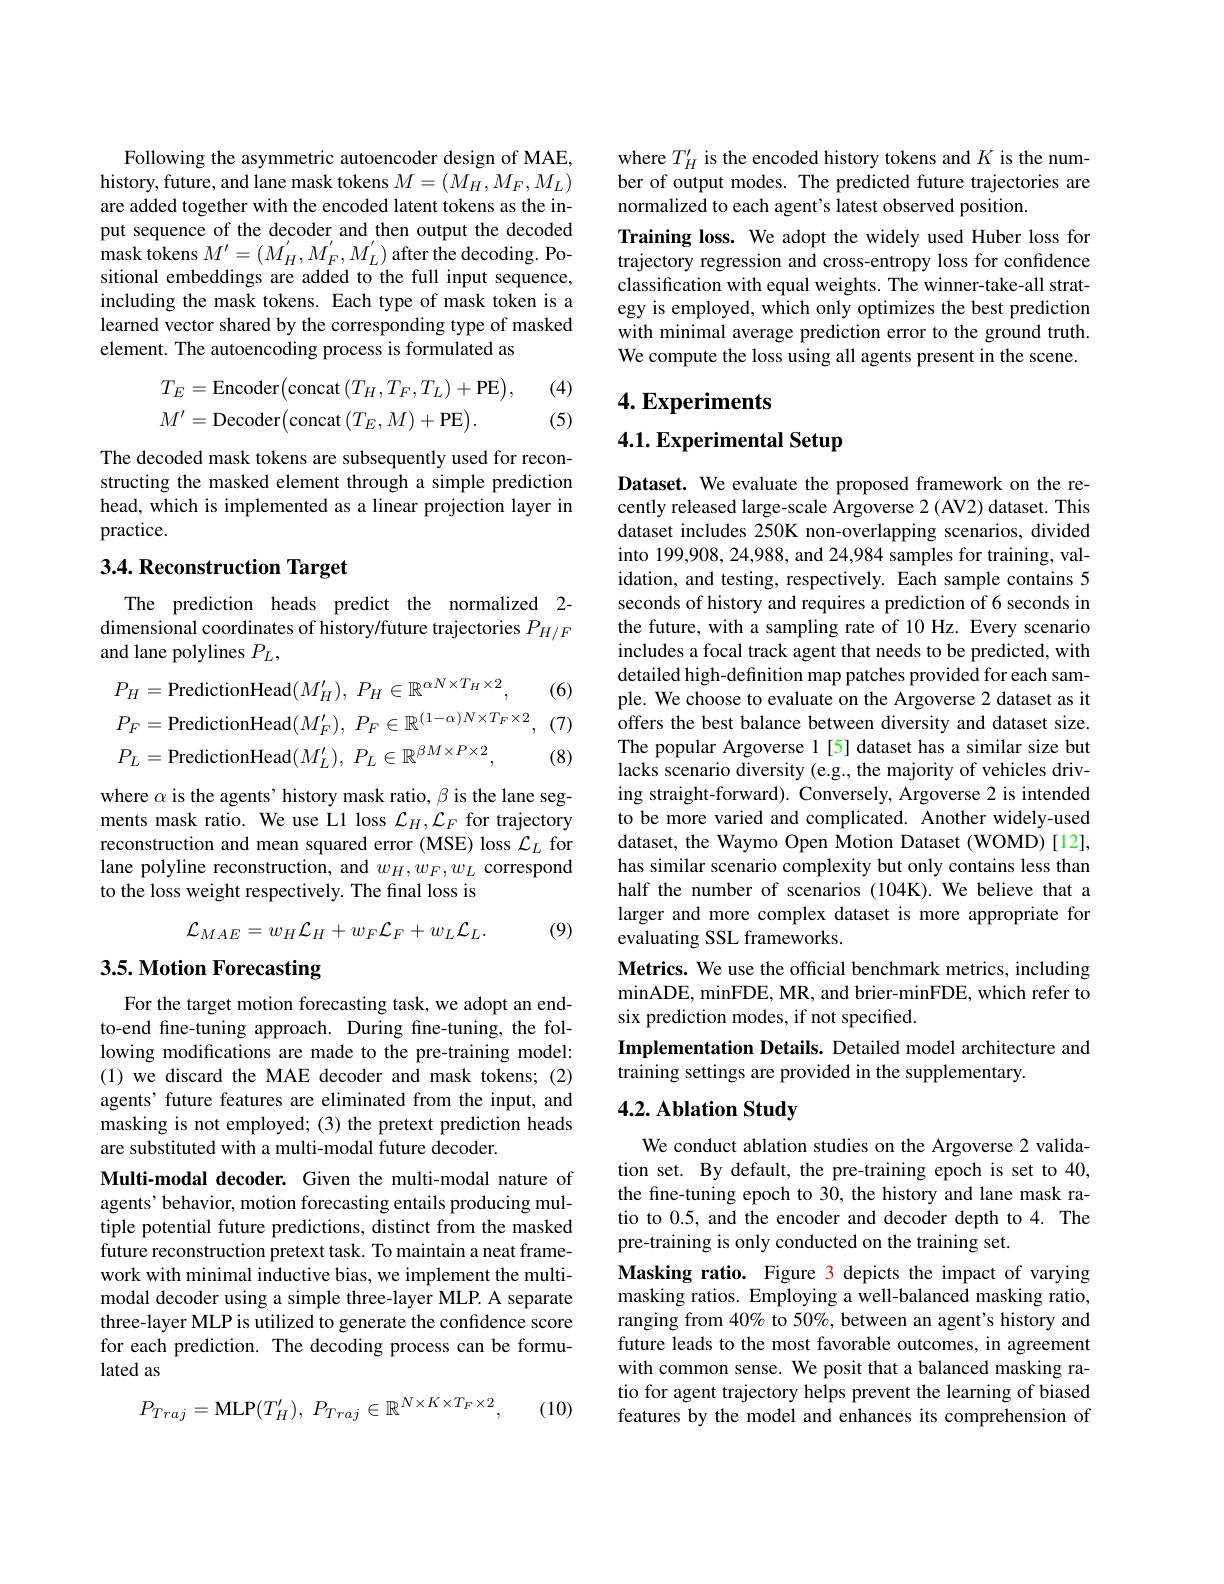
Following the asymmetric autoencoder design of MAE, history, future, and lane mask tokens $M=(M_H,M_F,M_L)$ are added together with the encoded latent tokens as the input sequence of the decoder and then output the decoded ${\mathrm{mask~tokens~}M^{\prime}}=(M_{H}^{\prime},M_{F}^{\prime},M_{L}^{\prime})$ after the decoding. Positional embeddings are added to the full input sequence, including the mask tokens. Each type of mask token is a learned vector shared by the corresponding type of masked element. The autoencoding process is formulated as

(4)
$$\begin{aligned}&T_{E}=\mathrm{Encoder}\big(\mathrm{concat}\big(T_{H},T_{F},T_{L}\big)+\mathrm{PE}\big),\\&M'=\mathrm{Decoder}\big(\mathrm{concat}\big(T_{E},M\big)+\mathrm{PE}\big).\end{aligned}$$
(5)

The decoded mask tokens are subsequently used for reconstructing the masked element through a simple prediction head, which is implemented as a linear projection layer in practice.

## 3.4. Reconstruction Target

The prediction heads predict the normalized 2- dimensional coordinates of history/future trajectories $P_{H/F}$ and lane polylines $P_L$,

(6)

(7)
$$\begin{aligned}&P_{H}=\mathrm{PredictionHead}(M_{H}^{\prime}),\:P_{H}\in\mathbb{R}^{\alpha N\times T_{H}\times2},\\&P_{F}=\mathrm{PredictionHead}(M_{F}^{\prime}),\:P_{F}\in\mathbb{R}^{(1-\alpha)N\times T_{F}\times2},\\&P_{L}=\mathrm{PredictionHead}(M_{L}^{\prime}),\:P_{L}\in\mathbb{R}^{\beta M\times P\times2},\end{aligned}$$
(8)

where $\alpha$ is the agents’ history mask ratio, $\beta$ is the lane segments mask ratio. We use L1 loss $\mathcal{L}_H,\mathcal{L}_F$ for trajectory reconstruction and mean squared error (MSE) loss $\mathcal{L}_L$ for lane polyline reconstruction, and $w_H,w_F,w_L$ correspond to the loss weight respectively. The final loss is
$$\mathcal{L}_{MAE}=w_{H}\mathcal{L}_{H}+w_{F}\mathcal{L}_{F}+w_{L}\mathcal{L}_{L}.$$
(9)

# 3.5. Motion Forecasting

For the target motion forecasting task, we adopt an endto-end fine-tuning approach. During fine-tuning, the following modifications are made to the pre-training model: (1) we discard the MAE decoder and mask tokens; (2) agents' future features are eliminated from the input, and masking is not employed; (3) the pretext prediction heads are substituted with a multi-modal future decoder.

Multi-modal decoder. Given the multi-modal nature of agents' behavior, motion forecasting entails producing multiple potential future predictions, distinct from the masked future reconstruction pretext task. To maintain a neat framework with minimal inductive bias, we implement the multimodal decoder using a simple three-layer MLP. A separate three-layer MLP is utilized to generate the confidence score for each prediction. The decoding process can be formulated as

(10)
$$P_{Traj}=\mathrm{MLP}(T_{H}'),\:P_{Traj}\in\mathbb{R}^{N\times K\times T_{F}\times2},$$
where $T_H^{\prime}$ is the encoded history tokens and $K$ is the number of output modes. The predicted future trajectories are normalized to each agent's latest observed position.
Training loss. We adopt the widely used Huber loss for trajectory regression and cross-entropy loss for confdence classification with equal weights. The winner-take-all strategy is employed, which only optimizes the best prediction with minimal average prediction error to the ground truth. We compute the loss using all agents present in the scene.

## $4. \textbf{Experiments}$

4.1. Experimental Setup

Dataset. We evaluate the proposed framework on the recently released large-scale Argoverse 2 (AV2) dataset. This dataset includes 250K non-overlapping scenarios, divided into 199,908, 24,988, and 24,984 samples for training, validation, and testing, respectively. Each sample contains 5 seconds of history and requires a prediction of 6 seconds in the future, with a sampling rate of 10 Hz. Every scenario includes a focal track agent that needs to be predicted, with detailed high-definition map patches provided for each sample. We choose to evaluate on the Argoverse 2 dataset as it offers the best balance between diversity and dataset size. The popular Argoverse 1[5] dataset has a similar size but lacks scenario diversity (e.g., the majority of vehicles driving straight-forward). Conversely, Argoverse 2 is intended to be more varied and complicated. Another widely-used dataset, the Waymo Open Motion Dataset (WOMD)[12], has similar scenario complexity but only contains less than half the number of scenarios (104K).We believe that a larger and more complex dataset is more appropriate for evaluating SSL frameworks.
Metrics. We use the official benchmark metrics, including minADE, minFDE, MR, and brier- minFDE, which refer to six prediction modes, if not specified.
Implementation Details. Detailed model architecture and
training settings are provided in the supplementary.

### 4.2. Ablation Study

We conduct ablation studies on the Argoverse 2 validation set. By default, the pre-training epoch is set to 40, the fine-tuning epoch to 30, the history and lane mask ratio to 0.5, and the encoder and decoder depth to 4. The pre-training is only conducted on the training set.
Masking ratio. Figure 3 depicts the impact of varying masking ratios. Employing a well-balanced masking ratio, ranging from 40% to 50%, between an agent's history and future leads to the most favorable outcomes, in agreement with common sense. We posit that a balanced masking ratio for agent trajectory helps prevent the learning of biased features by the model and enhances its comprehension of